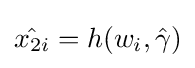
{\hat {x_{2i}}}=h(w_{i},{\hat {\gamma }})